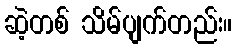
ဆဲ့တစ် သိမ်ပျက်တည်း။